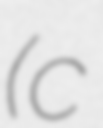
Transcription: (c